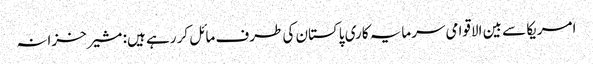
امریکا سے بین الاقوامی سرمایہ کاری پاکستان کی طرف مائل کر رہے ہیں: مشیر خزانہ